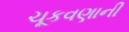
ચૂકવણાની